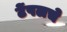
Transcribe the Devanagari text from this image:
टेंपलचे